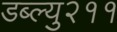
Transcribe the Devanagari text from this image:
डब्ल्यु२११